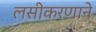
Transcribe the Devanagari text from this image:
लसीकरणाने